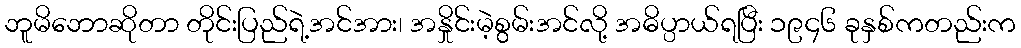
ဘူမိဘောဆိုတာ တိုင်းပြည်ရဲ့အင်အား၊ အနှိုင်းမဲ့စွမ်းအင်လို့ အဓိပ္ပာယ်ရပြီး ၁၉၄၆ ခုနှစ်ကတည်းက